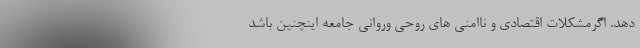
دهد. اگرمشکلات اقتصادی و ناامنی های روحی وروانی جامعه اینچنین باشد